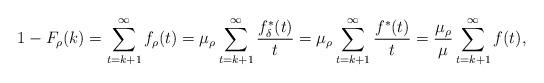
LaTeX: \begin{align*}1 - F_\rho(k) = \sum_{t = k + 1}^\infty f_\rho(t) = \mu_\rho \sum_{t = k + 1}^\infty \frac{f_\delta^\ast(t)}{t} = \mu_\rho \sum_{t = k + 1}^\infty \frac{f^\ast(t)}{t} = \frac{\mu_\rho}{\mu} \sum_{t = k + 1}^\infty f(t),\end{align*}